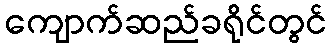
ကျောက်ဆည်ခရိုင်တွင်